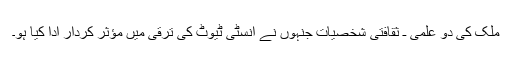
ملک کی دو علمی ـ ثقافتی شخصیات جنہوں نے انسٹی ٹیوٹ کی ترقی میں مؤثر کردار ادا کیا ہو۔